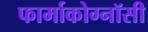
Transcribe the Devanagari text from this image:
फार्माकोग्नॉसी